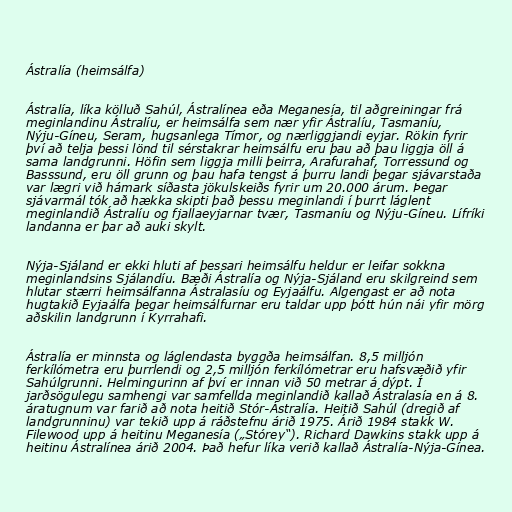
Ástralía (heimsálfa)

Ástralía, líka kölluð Sahúl, Ástralínea eða Meganesía, til aðgreiningar frá
meginlandinu Ástralíu, er heimsálfa sem nær yfir Ástralíu, Tasmaníu,
Nýju-Gíneu, Seram, hugsanlega Tímor, og nærliggjandi eyjar. Rökin fyrir
því að telja þessi lönd til sérstakrar heimsálfu eru þau að þau liggja öll á
sama landgrunni. Höfin sem liggja milli þeirra, Arafurahaf, Torressund og
Basssund, eru öll grunn og þau hafa tengst á þurru landi þegar sjávarstaða
var lægri við hámark síðasta jökulskeiðs fyrir um 20.000 árum. Þegar
sjávarmál tók að hækka skipti það þessu meginlandi í þurrt láglent
meginlandið Ástralíu og fjallaeyjarnar tvær, Tasmaníu og Nýju-Gíneu. Lífríki
landanna er þar að auki skylt.

Nýja-Sjáland er ekki hluti af þessari heimsálfu heldur er leifar sokkna
meginlandsins Sjálandíu. Bæði Ástralía og Nýja-Sjáland eru skilgreind sem
hlutar stærri heimsálfanna Ástralasíu og Eyjaálfu. Algengast er að nota
hugtakið Eyjaálfa þegar heimsálfurnar eru taldar upp þótt hún nái yfir mörg
aðskilin landgrunn í Kyrrahafi.

Ástralía er minnsta og láglendasta byggða heimsálfan. 8,5 milljón
ferkílómetra eru þurrlendi og 2,5 milljón ferkílómetrar eru hafsvæðið yfir
Sahúlgrunni. Helmingurinn af því er innan við 50 metrar á dýpt. Í
jarðsögulegu samhengi var samfellda meginlandið kallað Ástralasía en á 8.
áratugnum var farið að nota heitið Stór-Ástralía. Heitið Sahúl (dregið af
landgrunninu) var tekið upp á ráðstefnu árið 1975. Árið 1984 stakk W.
Filewood upp á heitinu Meganesía („Stórey“). Richard Dawkins stakk upp á
heitinu Ástralínea árið 2004. Það hefur líka verið kallað Ástralía-Nýja-Gínea.